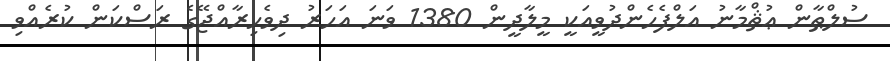
ސުލްޠާން ޢުޘްމާނު އަލްފެހެންދުވީއަކީ މީލާދީން 1380 ވަނަ އަހަރު ދިވެހިރާއްޖޭގެ ރަސްކަން ކުރެއްވި